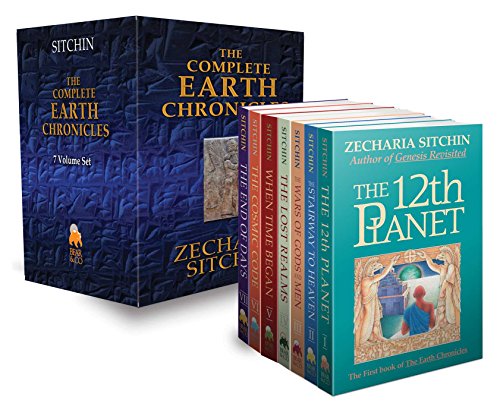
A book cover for The Complete Earth Chronicles (The Earth Chronicles); Zecharia Sitchin; Religion & Spirituality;